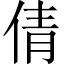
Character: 倩